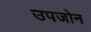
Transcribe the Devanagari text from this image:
उपजोन